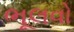
ભૂલવો